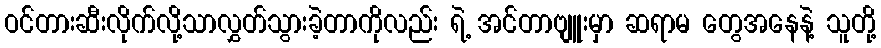
ဝင်တားဆီးလိုက်လို့သာလွှတ်သွားခဲ့တာကိုလည်း ရဲ့ အင်တာဗျူးမှာ ဆရာမ တွေအနေနဲ့ သူတို့